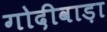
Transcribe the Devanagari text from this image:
गोदीवाड़ा